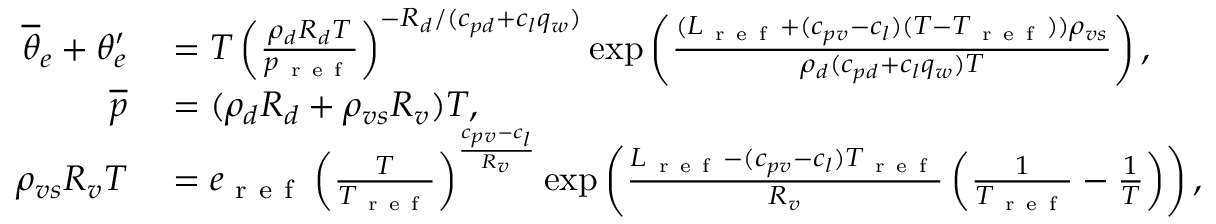
\begin{array} { r l } { \overline { { \theta } } _ { e } + \theta _ { e } ^ { \prime } } & { { } = T \left( \frac { \rho _ { d } R _ { d } T } { p _ { \mathrm { ~ r ~ e ~ f ~ } } } \right) ^ { - R _ { d } / ( c _ { p d } + c _ { l } q _ { w } ) } \exp \left( \frac { ( L _ { \mathrm { ~ r ~ e ~ f ~ } } + ( c _ { p v } - c _ { l } ) ( T - T _ { \mathrm { ~ r ~ e ~ f ~ } } ) ) \rho _ { v s } } { \rho _ { d } ( c _ { p d } + c _ { l } q _ { w } ) T } \right) , } \\ { \overline { { p } } } & { { } = ( \rho _ { d } R _ { d } + \rho _ { v s } R _ { v } ) T , } \\ { \rho _ { v s } R _ { v } T } & { { } = e _ { \mathrm { ~ r ~ e ~ f ~ } } \left( \frac { T } { T _ { \mathrm { ~ r ~ e ~ f ~ } } } \right) ^ { \frac { c _ { p v } - c _ { l } } { R _ { v } } } \exp \left( \frac { L _ { \mathrm { ~ r ~ e ~ f ~ } } - ( c _ { p v } - c _ { l } ) T _ { \mathrm { ~ r ~ e ~ f ~ } } } { R _ { v } } \left( \frac { 1 } { T _ { \mathrm { ~ r ~ e ~ f ~ } } } - \frac { 1 } { T } \right) \right) , } \end{array}